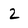
Character: 2